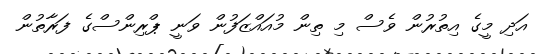
އަދި މީގެ އިތުރުން ވެސް މި ތިން މުއައްޒަފުން ވަނީ ޕްރިންސްގެ ފަރާތުން